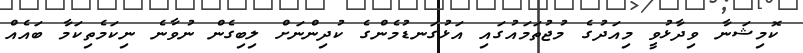
ކޮމިޝަނާ ވިދާޅުވީ މިއަދުގެ މުޖުތަމައުގައި އަޅުގަނޑުމެންގެ ކުދިންނަށް ލިބިގެން ނުވާނެ ނިކަމެތިކަމާ ބައެއް